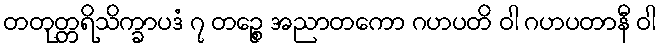
တတုတ္တရိသိက္ခာပဒံ ၇ တဉ္စေ အညာတကော ဂဟပတိ ဝါ ဂဟပတာနီ ဝါ